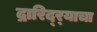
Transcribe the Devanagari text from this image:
द्रारिद्‌र्‍याचा